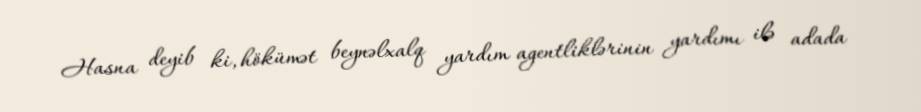
Hasna deyib ki, hökümət beynəlxalq yardım agentliklərinin yardımı ilə adada